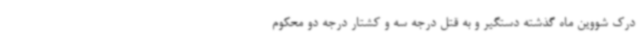
درک شووین ماه گذشته دستگیر و به قتل درجه سه و کشتار درجه دو محکوم